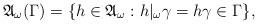
LaTeX: \begin{align*}\mathfrak{A}_{\omega}(\Gamma)=\{h\in\mathfrak{A}_{\omega}:h|_{\omega}\gamma=h\gamma\in\Gamma\},\end{align*}